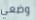
وضعي